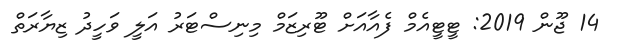
14 ޖޫން 2019: ޓީޓީއެމް ފެއާއަށް ޓޫރިޒަމް މިނިސްޓަރު އަލީ ވަހީދު ޒިޔާރަތް